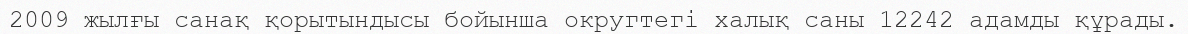
2009 жылғы санақ қорытындысы бойынша округтегі халық саны 12242 адамды құрады.